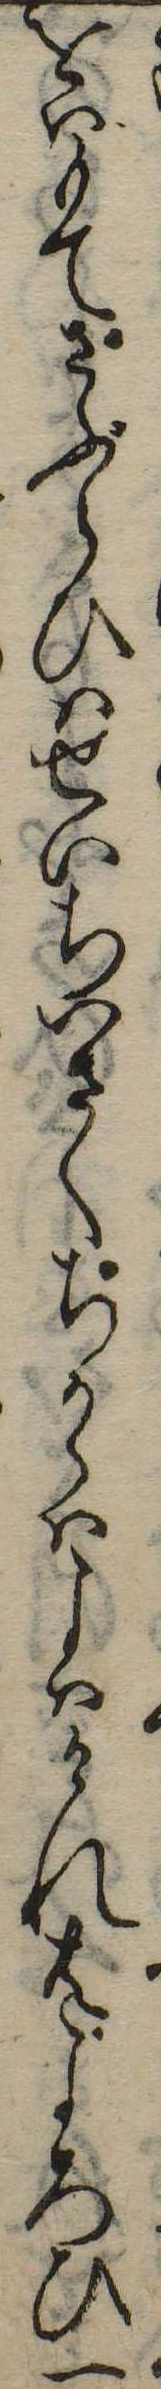
をはもてさぶらひはせいちいさくちからはこはけれ共よろひ一